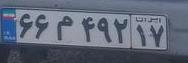
۶۶م۴۹۲۱۷